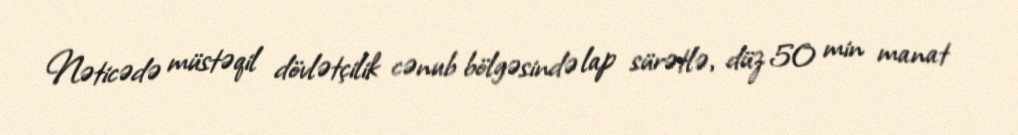
Nəticədə müstəqil dövlətçilik cənub bölgəsində lap sürətlə, düz 50 min manat